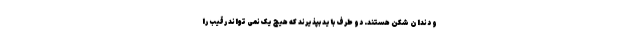
و دندان شکن هستند. دو طرف باید بپذیرند که هیچ یک نمی تواند رقیب را